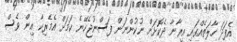
އެފަދަ ހާލަތެއްގައި އީރާނާ ދެކޮޅަށް ނުކުންނަން ފަސްނުޖެހޭނެ ކަމަށް އެމެރިކާ އިން ވެސް